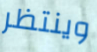
وينتظر